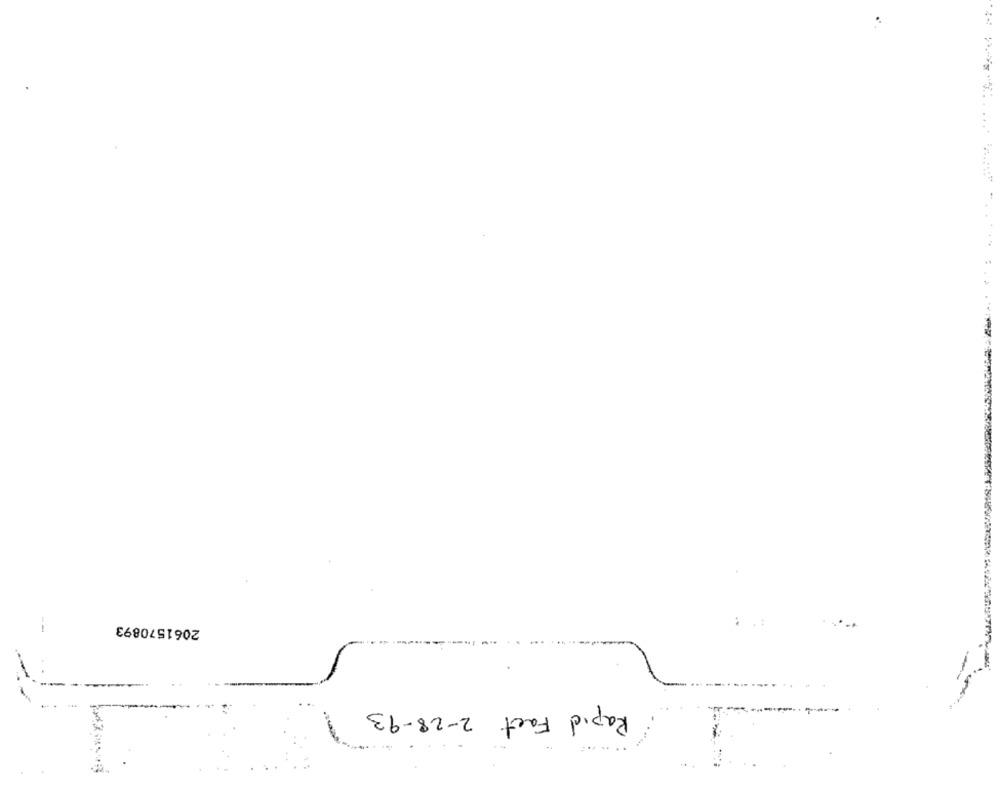
2061570893
-
Rapid Fact 2-28-93